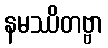
နမဿိတဗ္ဗာ